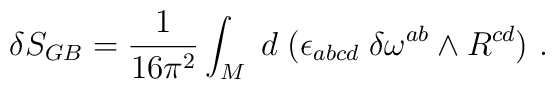
\delta S_{GB} =  {1\over 16 \pi^2}\int_M   \;d\;(\epsilon_{abcd}\;  \delta \omega^{ab}  \wedge R^{cd})  \ .